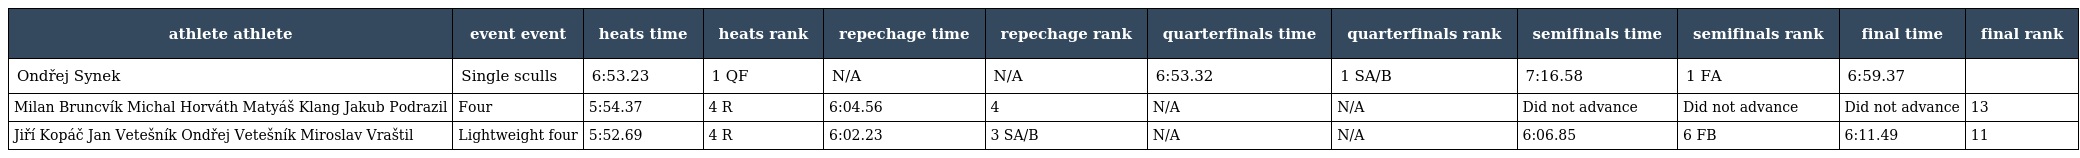
| athlete athlete | event event | heats time | heats rank | repechage time | repechage rank | quarterfinals time | quarterfinals rank | semifinals time | semifinals rank | final time | final rank |
 | --- | --- | --- | --- | --- | --- | --- | --- | --- | --- | --- | --- |
 | Ondřej Synek | Single sculls | 6:53.23 | 1 QF | N/A | N/A | 6:53.32 | 1 SA/B | 7:16.58 | 1 FA | 6:59.37 |  |
 | Milan Bruncvík Michal Horváth Matyáš Klang Jakub Podrazil | Four | 5:54.37 | 4 R | 6:04.56 | 4 | N/A | N/A | Did not advance | Did not advance | Did not advance | 13 |
 | Jiří Kopáč Jan Vetešník Ondřej Vetešník Miroslav Vraštil | Lightweight four | 5:52.69 | 4 R | 6:02.23 | 3 SA/B | N/A | N/A | 6:06.85 | 6 FB | 6:11.49 | 11 |